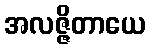
အလဇ္ဇိတာယေ